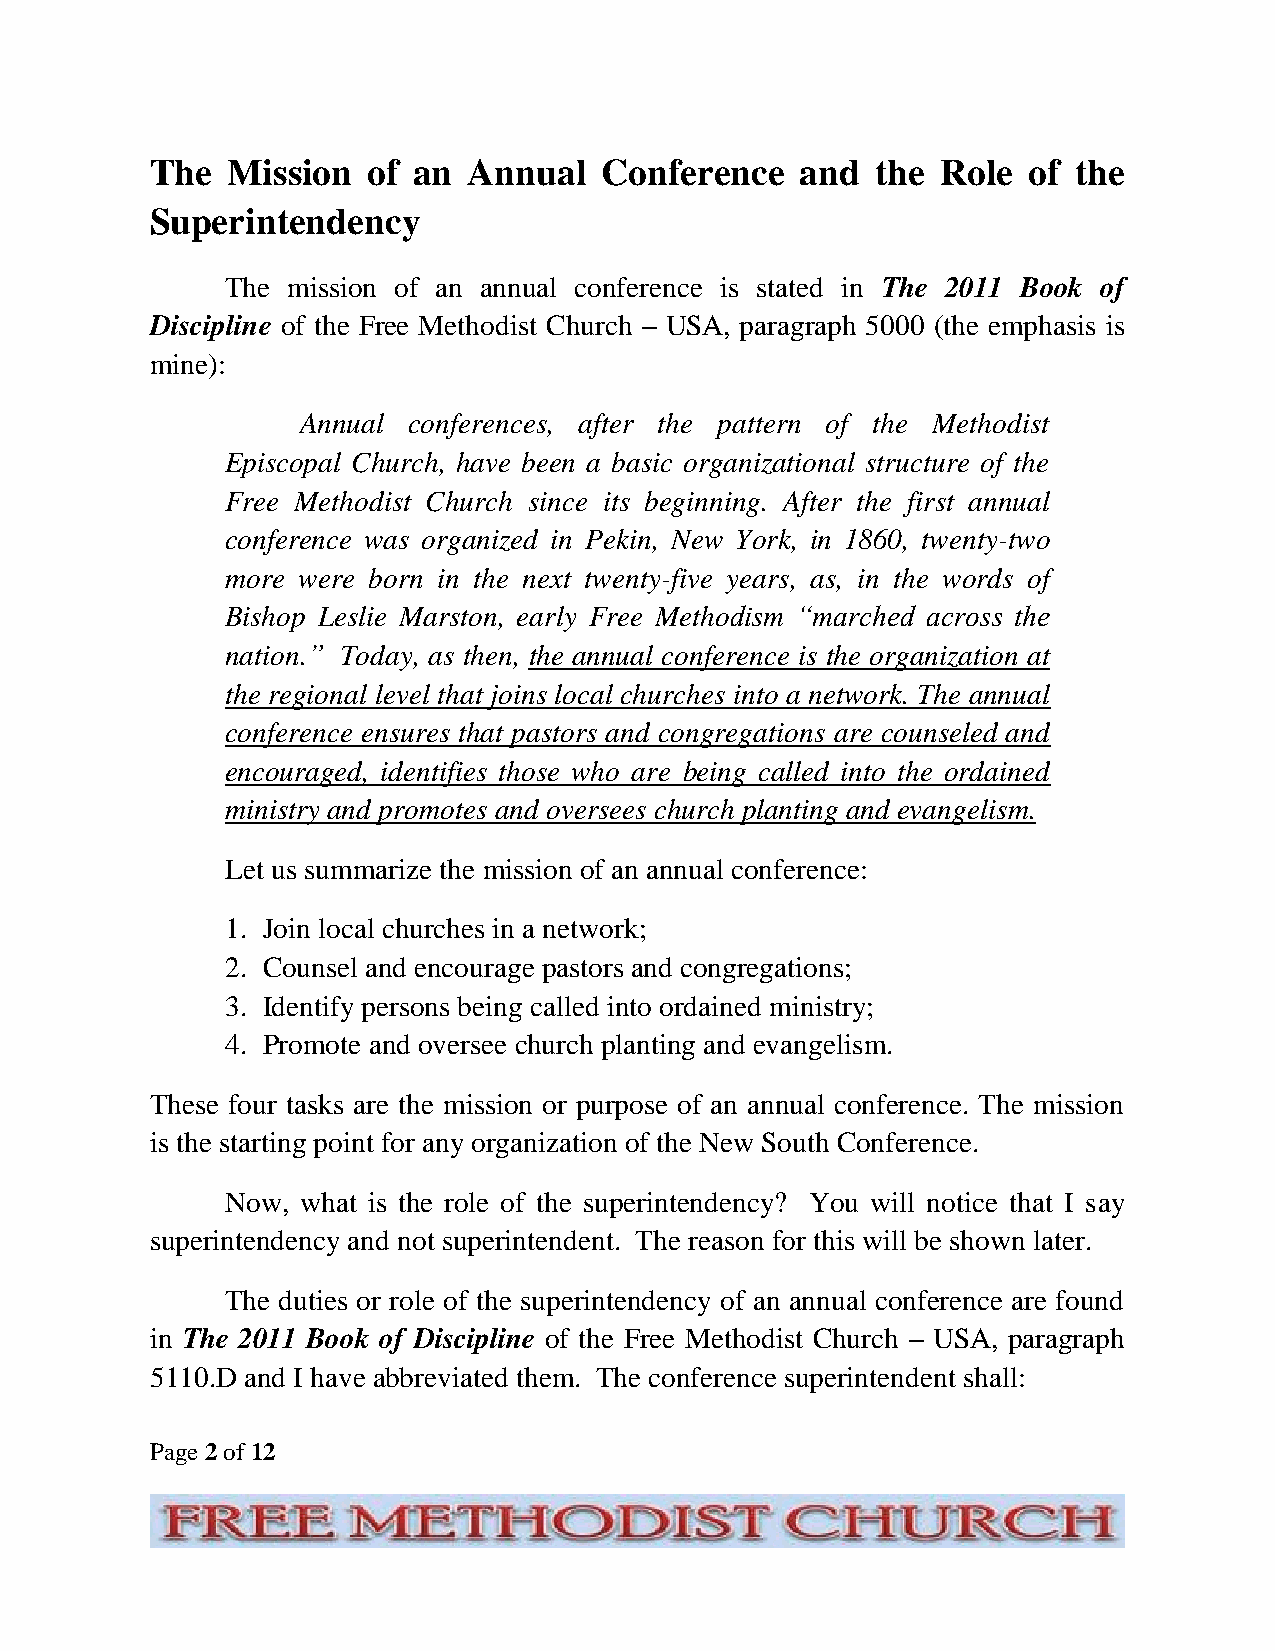
The  Mission  of an  Annual   Conference   and  the Role  of the
 Superintendency
 The mission of an annual conference is stated in The 2011 Book of
 Discipline of the Free Methodist Church – USA, paragraph 5000 (the emphasis is
 mine):
 Annual conferences, after the pattern of the Methodist
 Episcopal Church, have been a basic organizational structure of the
 Free Methodist Church since its beginning. After the first annual
 conference was organized in Pekin, New York, in 1860, twenty-two
 more were born in the next twenty-five years, as, in the words of
 Bishop Leslie Marston, early Free Methodism “marched across the
 nation.” Today, as then, the annual conference is the organization at
 the regional level that joins local churches into a network. The annual
 conference ensures that pastors and congregations are counseled and
 encouraged, identifies those who are being called into the ordained
 ministry and promotes and oversees church planting and evangelism.
 Let us summarize the mission of an annual conference:
 1. Join local churches in a network;
 2. Counsel and encourage pastors and congregations;
 3. Identify persons being called into ordained ministry;
 4. Promote and oversee church planting and evangelism.
 These four tasks are the mission or purpose of an annual conference. The mission
 is the starting point for any organization of the New South Conference.
 Now, what is the role of the superintendency? You will notice that I say
 superintendency and not superintendent. The reason for this will be shown later.
 The duties or role of the superintendency of an annual conference are found
 in The 2011 Book of Discipline of the Free Methodist Church – USA, paragraph
 5110.D and I have abbreviated them. The conference superintendent shall:
 Page 2 of 12